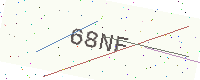
Text: 68NF